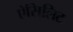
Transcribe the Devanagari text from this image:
ऐसिलिट